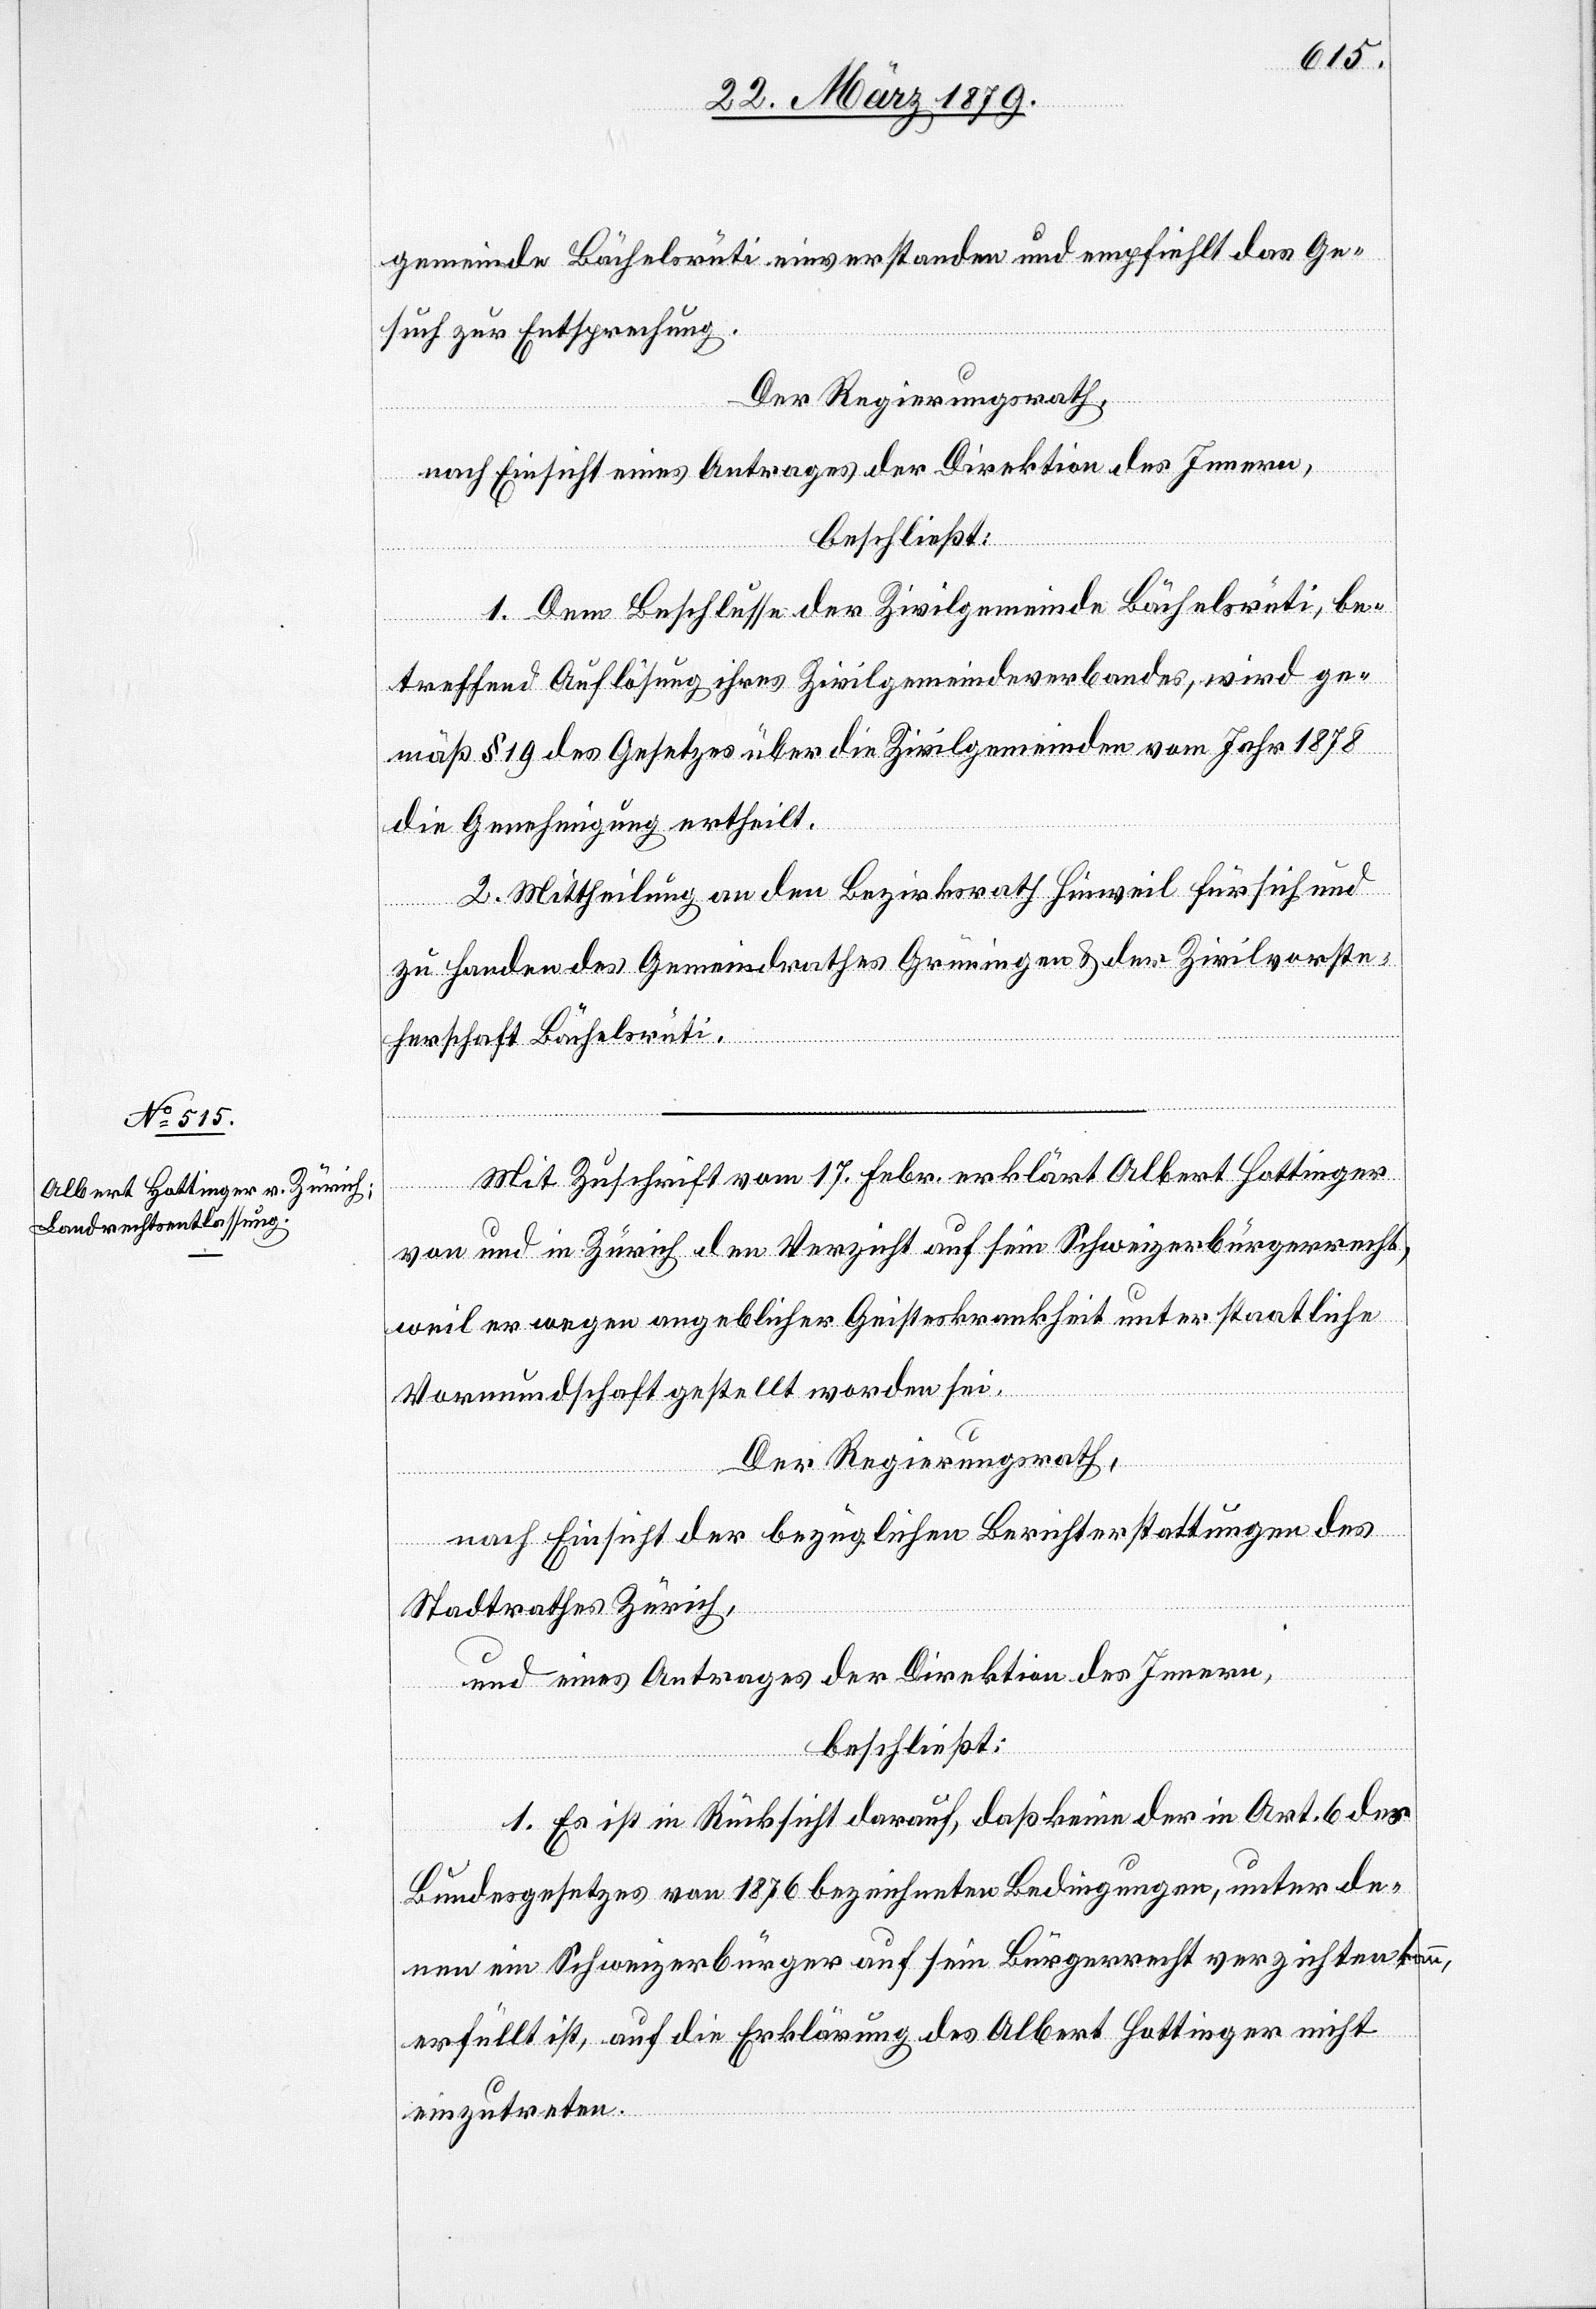
gemeinde Bächelsrüti einverstanden und empfiehlt das Ge¬
such zur Entsprechung.
Der Regierungsrath,
nach Einsicht eines Antrages der Direktion des Innern,
beschließt:
1. Dem Beschlusse der Zivilgemeinde Bächelsrüti, be¬
treffend Auflösung ihres Zivilgemeindeverbandes, wird ge¬
mäß § 19 des Gesetzes über die Zivilgemeinden vom Jahr 1878
die Genehmigung ertheilt.
2. Mittheilung an den Bezirksrath Hinweil für sich und
zu Handen des Gemeindrathes Grüningen & der Zivilvorste¬
herschaft Bächelsrüti.
Mit Zuschrift vom 17. Febr. erklärt Albert Hottinger
von und in Zürich den Verzicht auf sein Schweizerbürgerrecht,
weil er wegen angeblicher Geisteskrankheit unter staatliche
Vormundschaft gestellt worden sei.
Der Regierungsrath,
nach Einsicht der bezüglichen Berichterstattungen des
Stadtrathes Zürich,
und eine Antrages der Direktion des Innern,
beschließt:
1. Es ist in Rücksicht darauf, daß keine der in Art. 6 des
Bundesgesetzes von 1876 bezeichneten Bedingungen, unter de¬
nen ein Schweizerbürger auf sein Bürgerrecht verzichten kann,
erfüllt ist, auf die Erklärung des Albert Hottinger nicht
einzutreten.